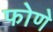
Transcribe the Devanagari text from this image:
फोणे